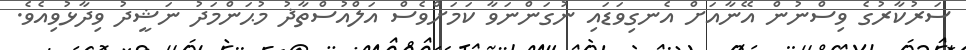
ސަރުކާރުގެ ވިސްނުން އޭނާއަށް އެނގިވަޑައި ނުގަންނަވާ ކަމަށްވެސް އަލްއުސްތާޛު މުޙަންމަދު ނަޝީދު ވިދާޅުވިއެވެ.